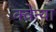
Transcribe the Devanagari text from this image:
क्वेन्या